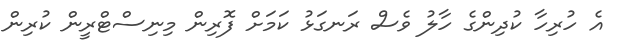
އެ ހުރިހާ ކުދިންގެ ހާލު ވެސް ރަނގަޅު ކަމަށް ފޮރިން މިނިސްޓްރީން ކުރިން